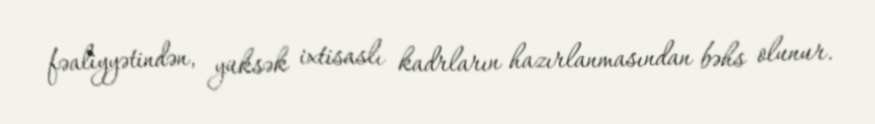
fəaliyyətindən, yüksək ixtisaslı kadrların hazırlanmasından bəhs olunur.